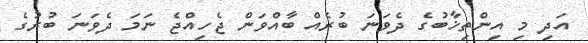
އަދި މި އިންތިޚާބުގެ ދެވަނަ ބުރެއް ބާއްވަން ޖެހިއްޖެ ނަމަ ދެވަނަ ބުރުގެ